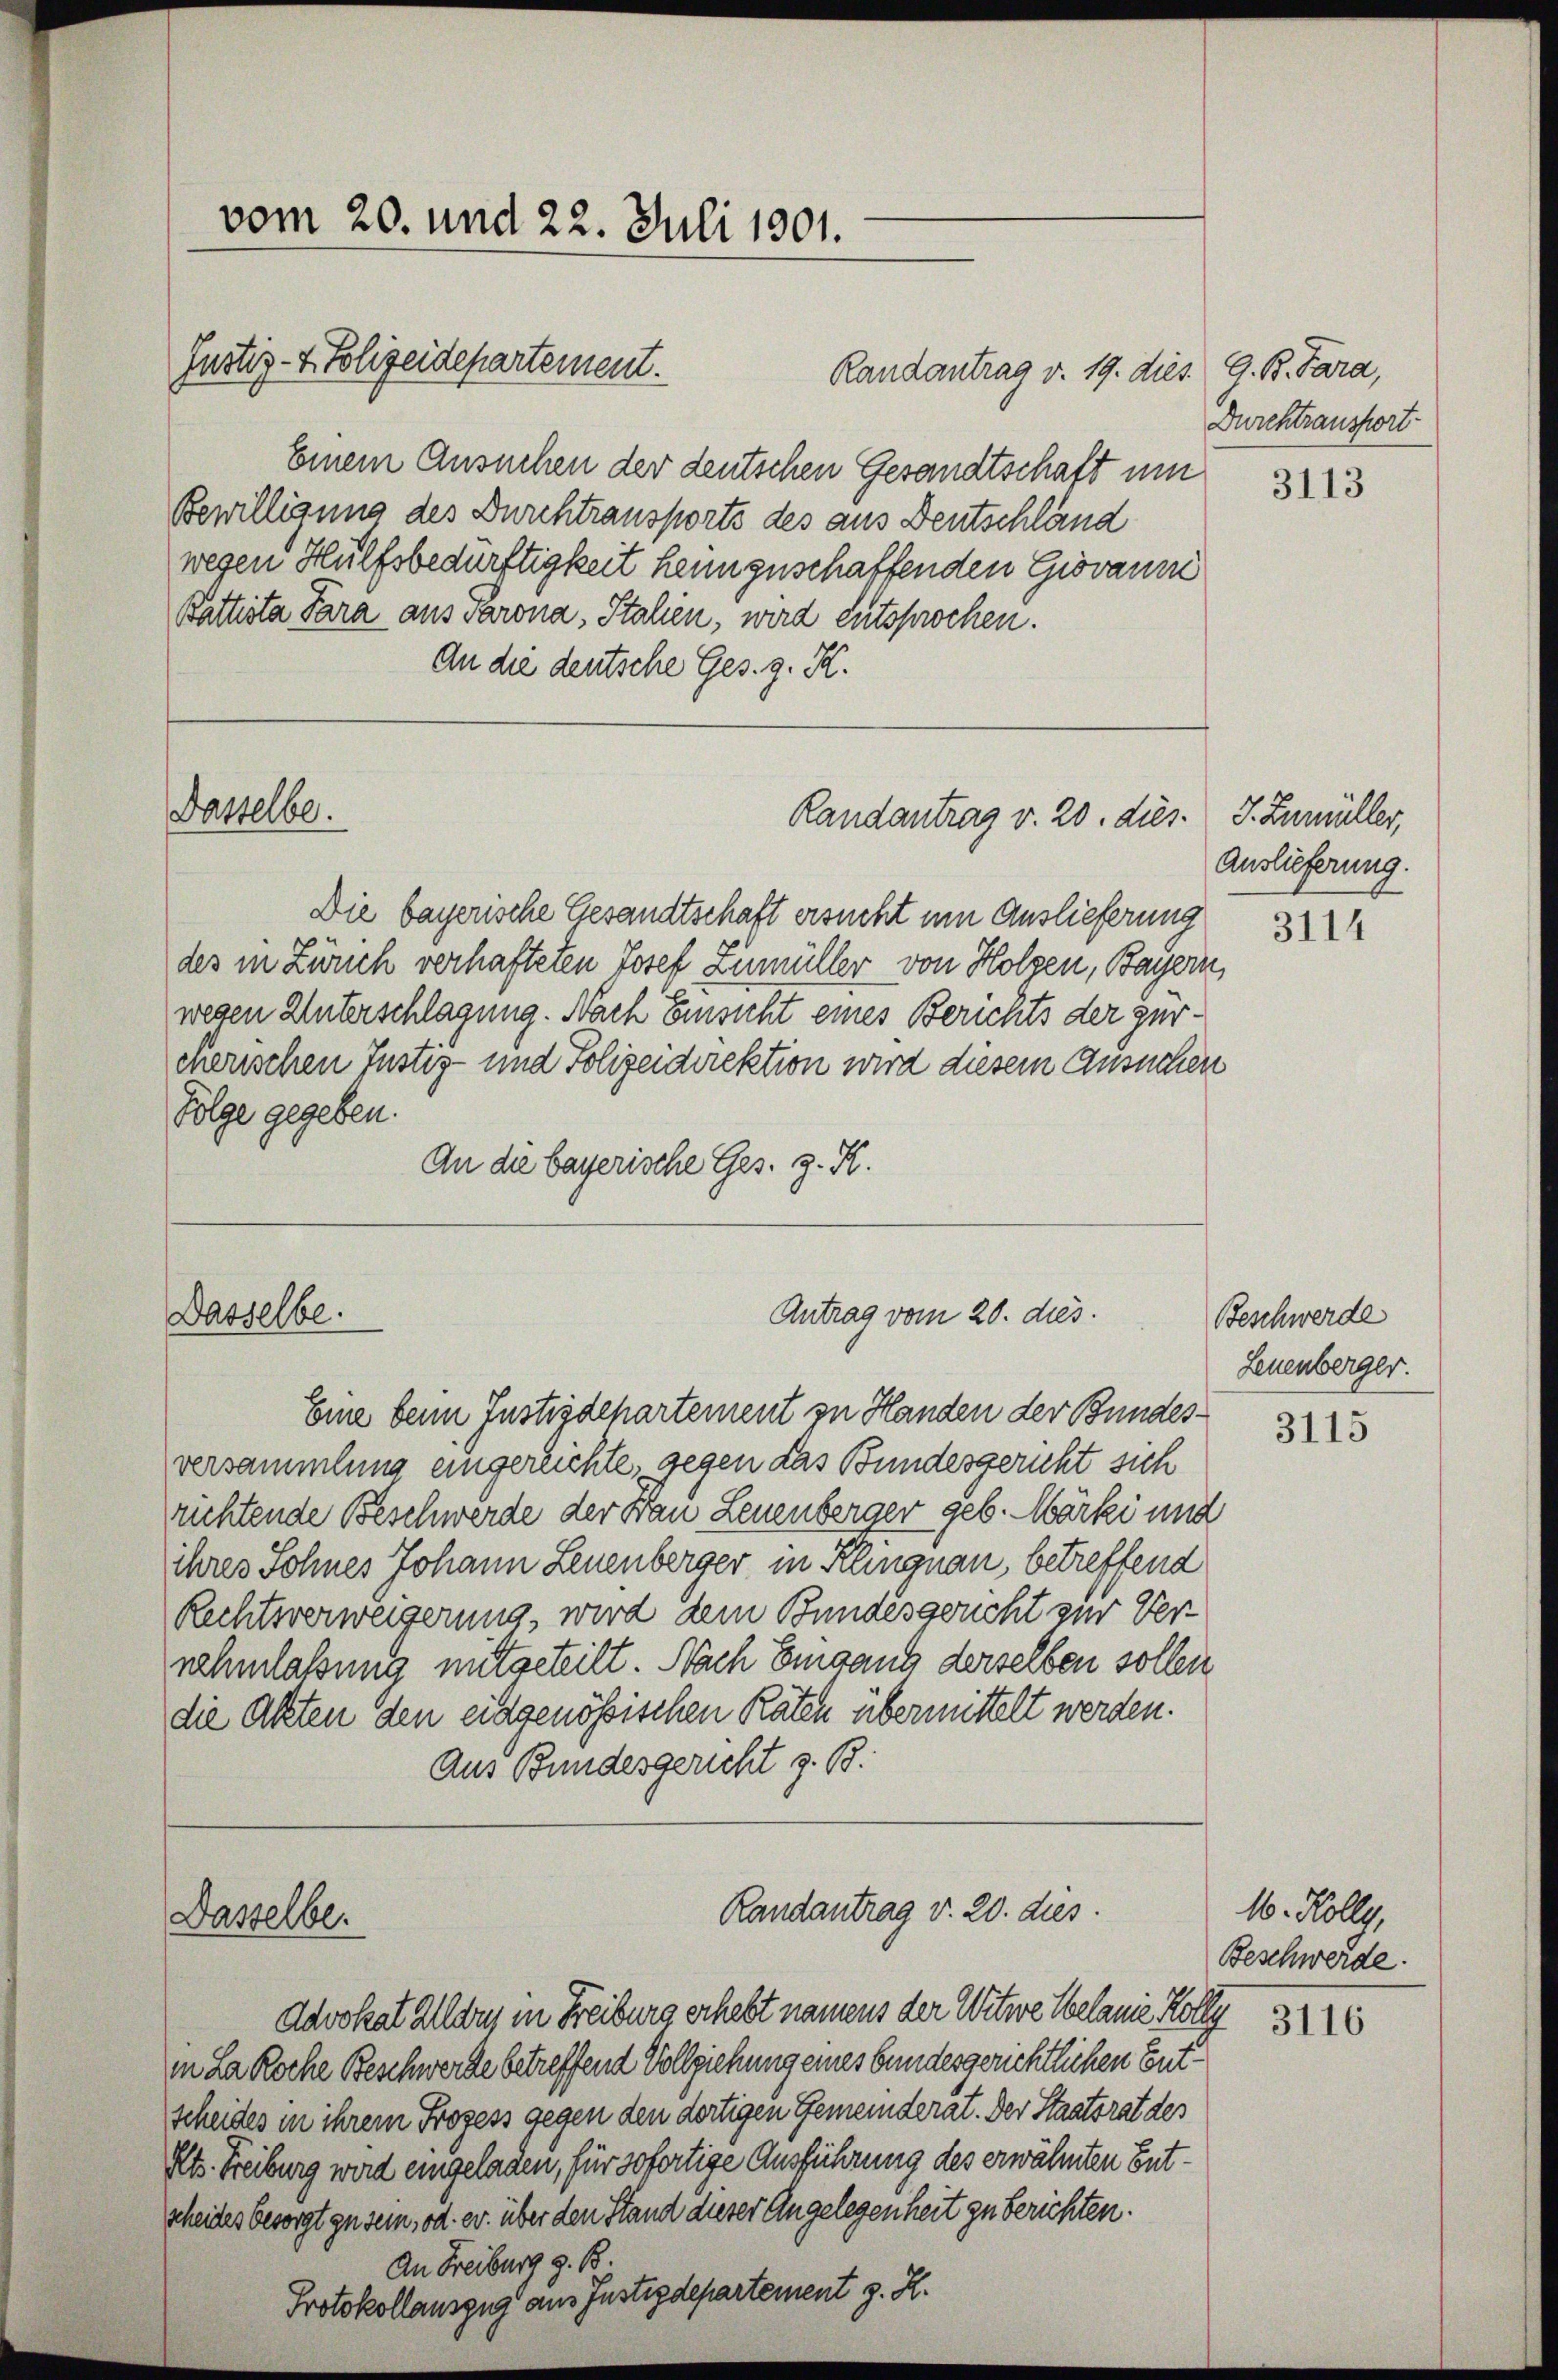
vom 20. und 22. Juli 1901.

Dasselbe.

Randantrag v. 19. dies. G. B. Para,
Einem Ansuchen der deutschen Gesandtschaft um
Bewilligung des Durchtransports des aus Deutschländ
wegen Hülfsbedürftigkeit heimzuschaffenden Giovanni
Battista Para aus Parona, Italien, wird entsprochen.
An die deutsche Ges. g. K.
Die bayerische Gesandtschaft ersucht um Auslieferung
des in Zürich verhafteten Josef Zumüller von Holzen, Bayern,
wegen Unterschlagung. Nach Einsicht eines Berichts der zürmnerischen Justiz- und Polizeidirektion wird diesem Ansuchen
Folge gegeben.
An die bayerische Ges. z. R.
Antrag vom 20. dies
Dasselbe.
Eine beim Justizdepartement zu Handen der Bundesversammlung eingereichte, gegen das Bundesgericht sich
richtende Beschwerde der Frau Leuenberger geb. Märki und
ihres Sohnes Johann Leuenberger in Klingnau, betreffend
Rechtsverweigerung, wird dem Bundesgericht zur Vernehmlassung mitgeteilt. Nach Eingang derselben sollen
die Akten den eidgenössischen Räten übermittelt werden.
Aus Bundesgericht z. B.

Dasselbe.

Justiz- & Polizeidepartement.

Randantrag v. 20. dies

Randantrag v. 20. dies

Durchtrausfort¬

Advokat Allers in Freiburg erhebt namens der Witwe belanie Koll
in La Roche Beschwerde betreffend Vollziehung eines bundesgerichtlichen Gutscheides in ihrem Prozess gegen den dortigen Gemeinderat. Der Staatsrat des
Kts. Freiburg wird eingelagen, für sofortige Ausführung des erwähnten Entscheides besorgt zu sein, od. ev. über den Stand dieser Angelegenheit zu berichten.
An Freiburg z. B.
Protokollauszug aus Justizdepartement z. R.

3113

3. Zumüller,
Auslieferung.

3114

Beschwerde
Leuenberger.

3115

16. Holly,
Beschwerde.